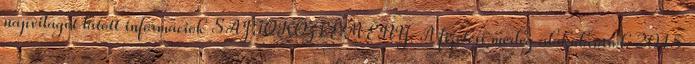
napvilágot látott információk SAJTÓKÖZLEMÉNY. A fizetési mérleg alakulásáról. 2015.